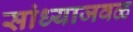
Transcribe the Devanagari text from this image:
सांध्याजवळ